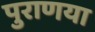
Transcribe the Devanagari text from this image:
पुराणया